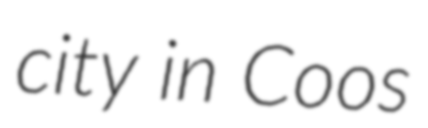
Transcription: city in Coos